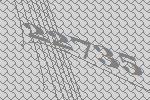
22735